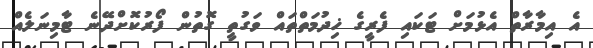
އެ އިމާރާތް އެޅުމަށް ޓަކައި ފެރީގެ ޚިދުމަތްތައް ވަގުތީ ގޮތުން ފޯރުކޮށްދޭނެ ޓާމިނަލެއް